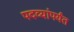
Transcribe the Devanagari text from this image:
पदव्यांपर्यंत